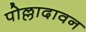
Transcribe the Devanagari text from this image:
पोल्लादावन